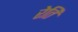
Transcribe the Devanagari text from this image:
रेति